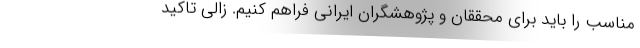
مناسب را باید برای محققان و پژوهشگران ایرانی فراهم کنیم. زالی تاکید